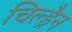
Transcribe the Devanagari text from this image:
चिल्ड्रैन